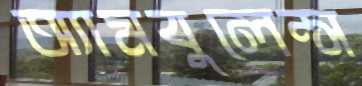
অ্যামবুলেন্স